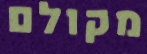
מקולם